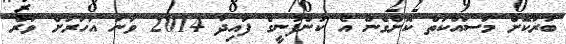
ބުރަކޮށް މަސައްކަތް ކޮށްގެން އެ ކުންފުނީގެ ފައިދާ 2014 ވަނަ އަހަރަށް ވުރެ